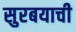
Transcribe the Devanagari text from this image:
सुरबयाची